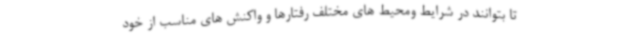
تا بتوانند در شرایط ومحیط های مختلف رفتارها و واکنش های مناسب از خود